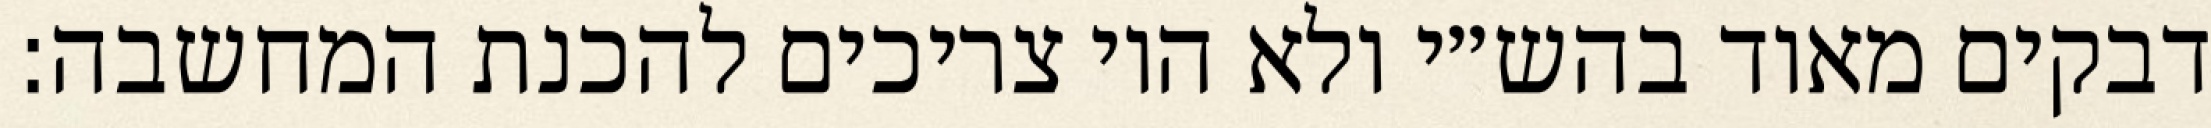
דבקים מאוד בהש״י ולא היו צריכים להכנת המחשבה: